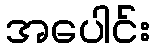
အပေါင်း